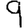
Digit: 9